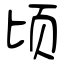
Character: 顷